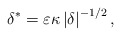
\begin{align*}\delta^{\ast}=\varepsilon \kappa \left \vert \delta \right \vert ^{-1/2},\end{align*}